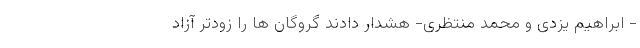
- ابراهیم یزدی و محمد منتظری- هشدار دادند گروگان ها را زودتر آزاد